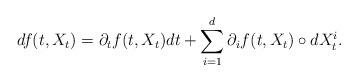
LaTeX: \begin{align*}df(t,X_t)=\partial_t f(t,X_t)dt+\sum_{i=1}^d \partial_i f( t,X_t)\circ dX_t^i.\end{align*}